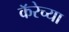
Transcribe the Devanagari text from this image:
कॅरेच्या